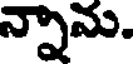
న్నామ.